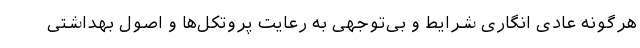
هرگونه عادی انگاری شرایط و بی‌توجهی به رعایت پروتکل‌ها و اصول بهداشتی